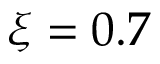
\xi = 0 . 7